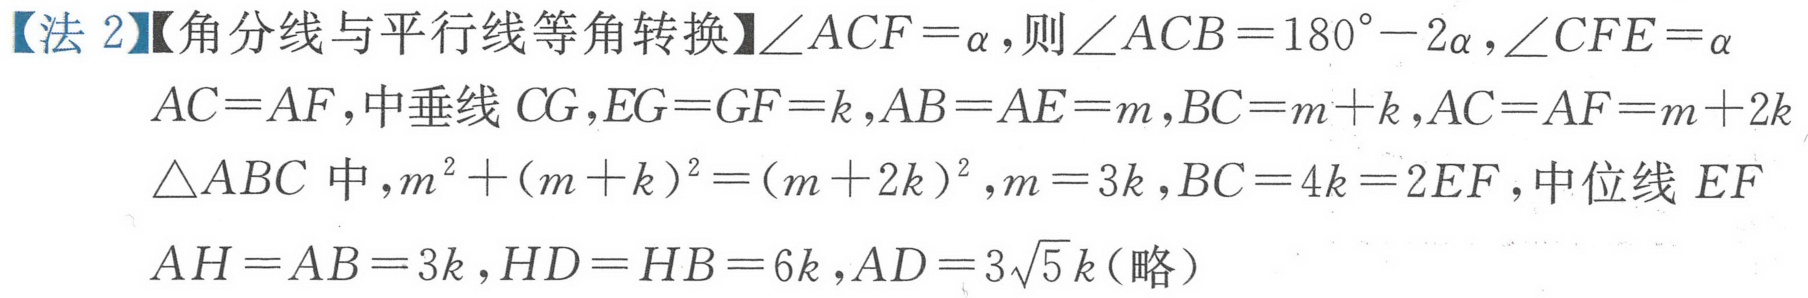
【法 2】【角分线与平行线等角转换】\(\angle ACF=\alpha\)，则\(\angle ACB = 180^{\circ}-2\alpha\)，\(\angle CFE=\alpha\)
\(AC = AF\)，中垂线 \(CG\)，\(EG = GF = k\)，\(AB = AE = m\)，\(BC = m + k\)，\(AC = AF = m + 2k\)
\(\triangle ABC\) 中，\(m^{2}+(m + k)^{2}=(m + 2k)^{2}\)，\(m = 3k\)，\(BC = 4k = 2EF\)，中位线 \(EF\)
\(AH = AB = 3k\)，\(HD = HB = 6k\)，\(AD = 3\sqrt{5}k\)（略）